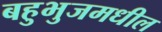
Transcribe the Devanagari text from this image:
बहुभुजमधील